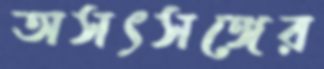
অসৎসঙ্গের